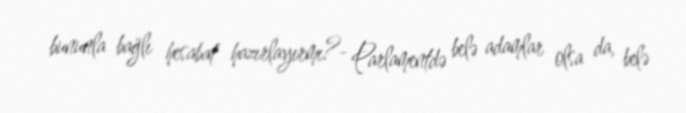
bununla bağlı hesabat hazırlayırmı?- Parlamentdə belə adamlar olsa da, belə